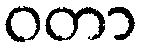
ဝတာ